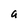
Character: a